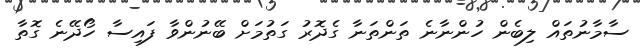
ސާމާނުތައް ލިބެން ހުންނާނެ ތަންތަނާ ގެދޮރު ގަތުމަށް ބޭނުންވާ ފައިސާ ހޯދޭނެ ގޮތާ